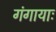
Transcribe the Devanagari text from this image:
गंगायाः